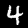
Label: 4